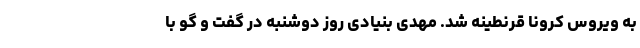
به ویروس کرونا قرنطینه شد. مهدی بنیادی روز دوشنبه در گفت و گو با